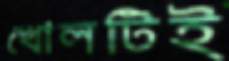
খোলটিই